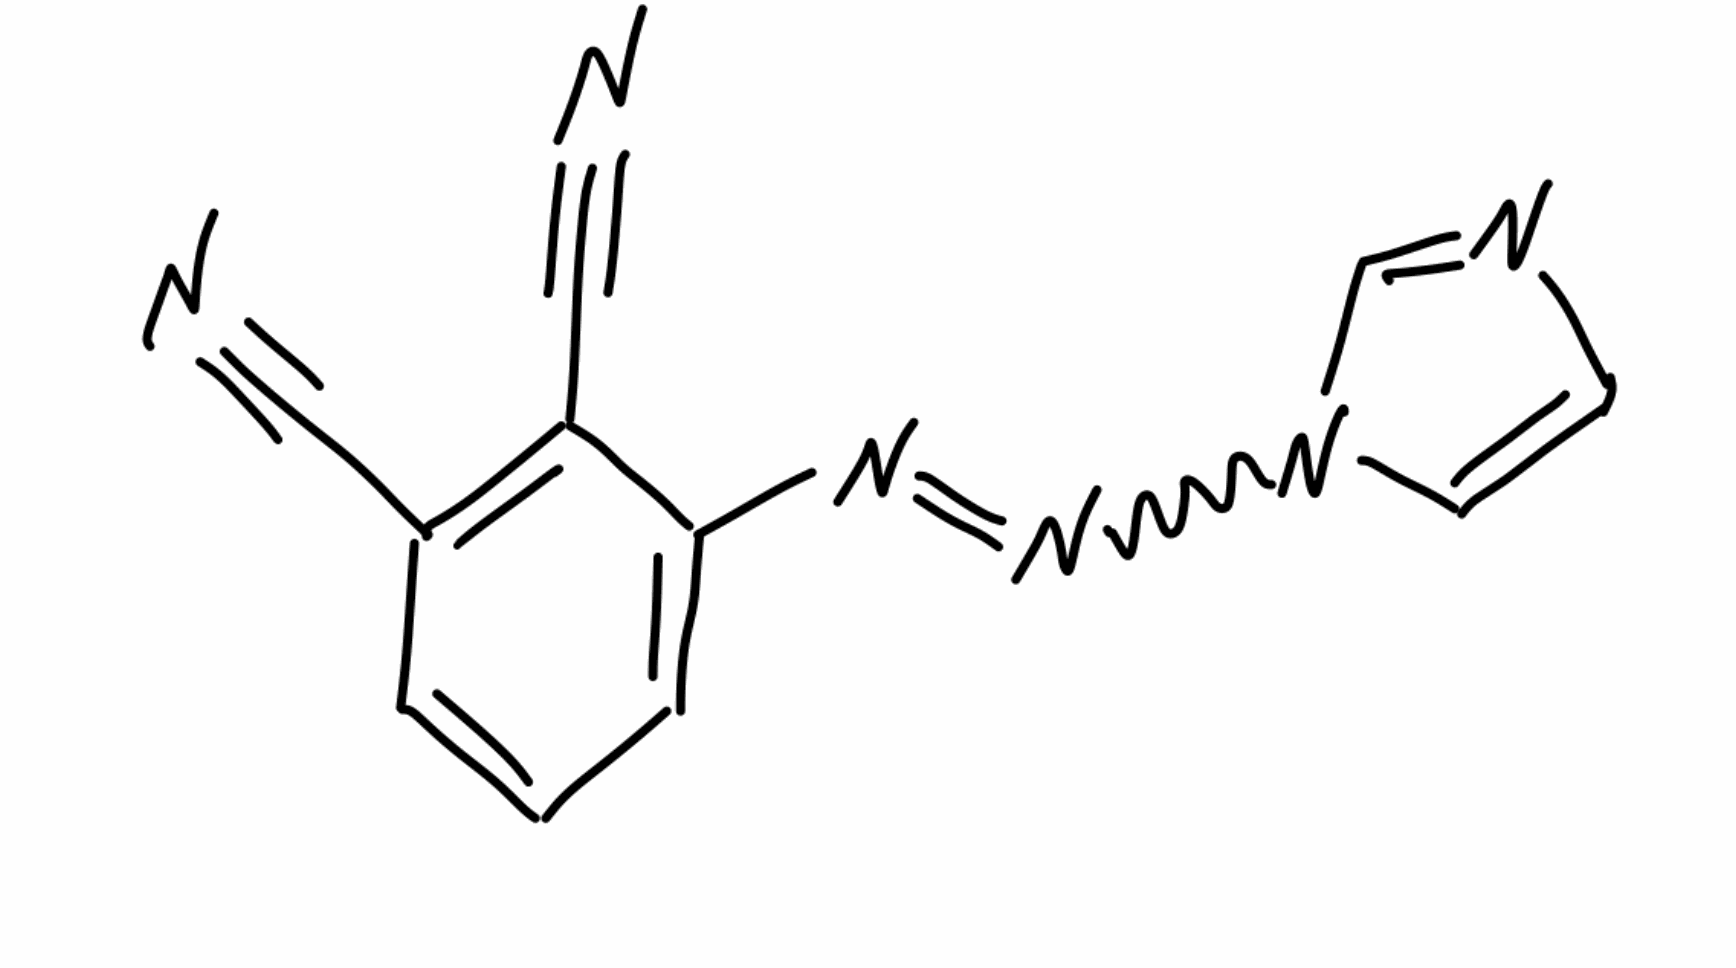
Simplified molecular-input line-entry system (SMILES) notation of the given molecule:
C1=CC(=C(C(=C1)N=NN2C=CN=C2)C#N)C#N